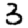
Digit: 3